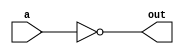
module inverter(
    input wire a,
    output wire out
);

assign out = ~a;

endmodule